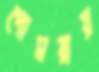
পোমরায়